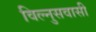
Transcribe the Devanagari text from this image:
विल्नुसवासी